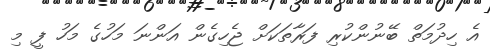
އެ ހިދުމަތް ބޭނުންކުރި ފަރާތަކަށް ޖެހިގެން އަންނަ މަހުގެ މަހު ފީ މި